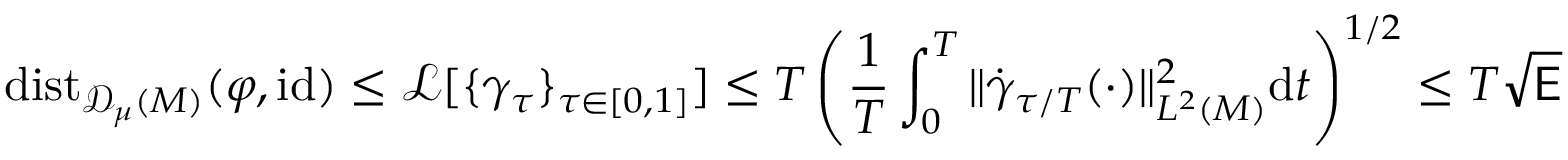
\mathrm { d i s t } _ { { \mathscr { D } _ { \mu } ( M ) } } ( \varphi , \mathrm { i d } ) \leq \mathscr { L } [ \{ \gamma _ { \tau } \} _ { \tau \in [ 0 , 1 ] } ] \leq T \left( \frac { 1 } { T } \int _ { 0 } ^ { T } \| \dot { \gamma } _ { \tau / T } ( \cdot ) \| _ { L ^ { 2 } ( M ) } ^ { 2 } \mathrm { d } t \right) ^ { 1 / 2 } \leq T \sqrt { \mathsf { E } }